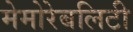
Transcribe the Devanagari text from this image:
मेमोरेबलिटी